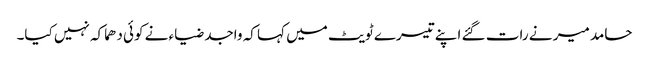
حامد میر نے رات گئے اپنے تیسرے ٹویٹ میں کہا کہ واجد ضیاء نے کوئی دھماکہ نہیں کیا۔